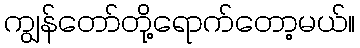
ကျွန်တော်တို့ရောက်တော့မယ်။